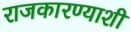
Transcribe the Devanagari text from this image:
राजकारण्याशी